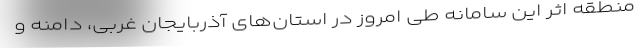
منطقه اثر این سامانه طی امروز در استان‌های آذربایجان غربی، دامنه و